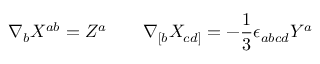
\nabla _ { b } X ^ { a b } = Z ^ { a } \qquad \nabla _ { [ b } X _ { c d ] } = - \frac { 1 } { 3 } \epsilon _ { a b c d } Y ^ { a }